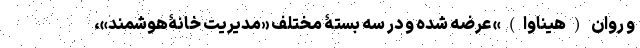
و روان (هیناوا)» عرضه شده و در سه بستۀ مختلف «مدیریت خانۀ‌هوشمند»،